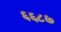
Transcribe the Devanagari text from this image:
६६८७